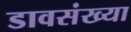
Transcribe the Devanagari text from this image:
डावसंख्या